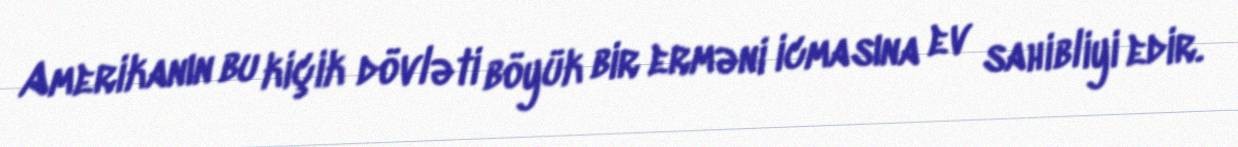
Amerikanın bu kiçik dövləti böyük bir erməni icmasına ev sahibliyi edir.